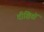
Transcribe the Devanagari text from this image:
दीक्षितों